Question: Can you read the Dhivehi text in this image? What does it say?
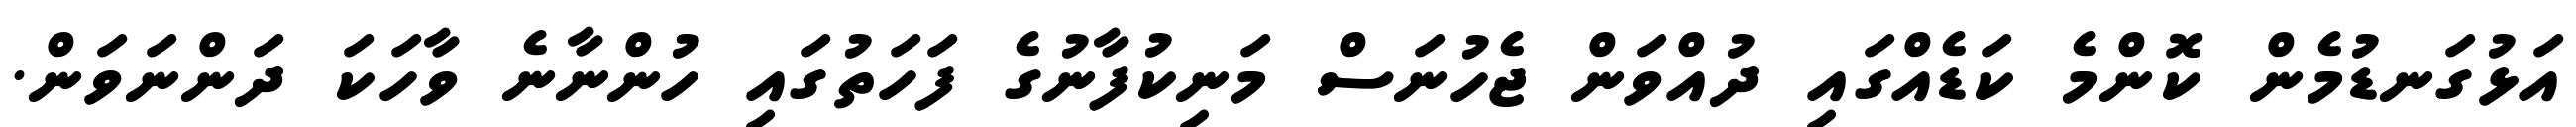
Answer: އަޅުގަނޑުމެން ކޮންމެ ކަޑެއްގައި ދުއްވަން ޖެހުނަސް މަނިކުފާނުގެ ފަހަތުގައި ހުންނާނެ ވާހަކަ ދަންނަވަން.